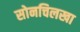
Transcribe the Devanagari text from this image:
सोनचिलखा